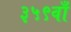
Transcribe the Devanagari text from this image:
३५९वाँ